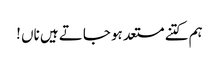
ہم کتنے مستعد ہو جاتے ہیں ناں !